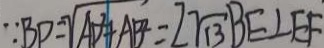
\because B P = \sqrt { A B + A B } = 2 \sqrt { 1 3 } B E \bot E F